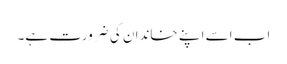
اب اسے اپنے خاندان کی ضرورت ہے۔